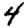
Digit: 4